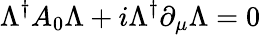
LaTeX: \Lambda^{\dagger}A_{0}\Lambda+i\Lambda^{\dagger}\partial_{\mu}\Lambda=0